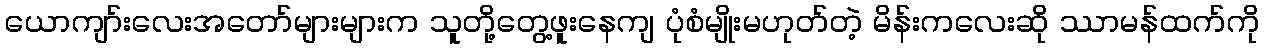
ယောကျာ်းလေးအတော်များများက သူတို့တွေ့ဖူးနေကျ ပုံစံမျိုးမဟုတ်တဲ့ မိန်းကလေးဆို ဿာမန်ထက်ကို